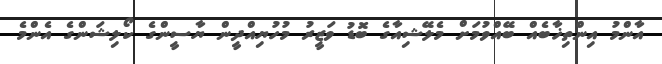
އާންމު އިންތިޚާބެއް ބޭއްވުމަށް މެލޭޝިއާގެ ބޮޑު ވަޒީރު މުހުޔިއްދީން ޔާސީންގެ ކޯލިޝަންގެ އެންމެ